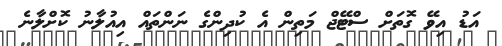
އަޑު އިވޭ ގޮތަށް ސްޓޭޖް މަތިން އެ ކުދިންްގެ ނަންތައް އިއުލާނު ކޮށްލާނެ